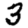
Digit: 3